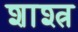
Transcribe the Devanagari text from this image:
शाश्त्र